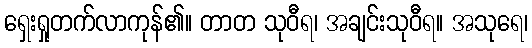
ရှေးရှုတက်လာကုန်၏။ တာတ သုဝီရ၊ အချင်းသုဝီရ။ အသုရေ၊